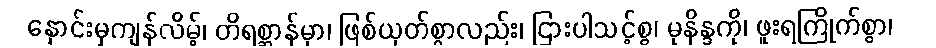
နှောင်းမှကျန်လိမ့်၊ တိရစ္ဆာန်မှာ၊ ဖြစ်ယုတ်စွာလည်း၊ ငြားပါသင့်စွ၊ မုနိန္ဒကို၊ ဖူးရကြိုက်စွာ၊